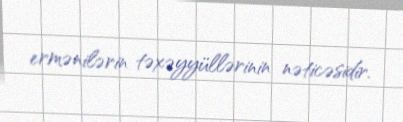
ermənilərin təxəyyüllərinin nəticəsidir.